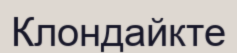
Клондайкте